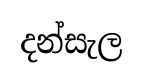
දන්සැල